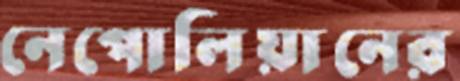
নেপোলিয়ানের